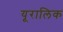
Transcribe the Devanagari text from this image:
यूरालिक